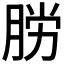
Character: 𫆟